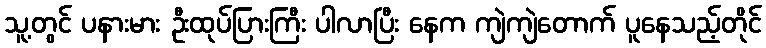
သူ့တွင် ပနားမား ဦးထုပ်ပြားကြီး ပါလာပြီး နေက ကျဲကျဲတောက် ပူနေသည့်တိုင်